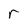
Character: r